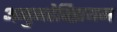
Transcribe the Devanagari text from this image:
अनुनहेक्झियम